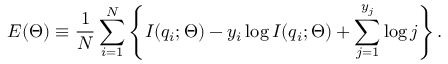
E ( \Theta ) \equiv \frac { 1 } { N } \sum _ { i = 1 } ^ { N } \left\{ I ( q _ { i } ; \Theta ) - y _ { i } \log I ( q _ { i } ; \Theta ) + \sum _ { j = 1 } ^ { y _ { j } } \log j \right\} .